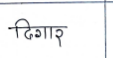
मजकूर: ठिगार